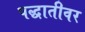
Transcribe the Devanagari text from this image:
पद्धातीवर